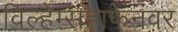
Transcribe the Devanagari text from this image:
विल्हेम्सहाफेनवर